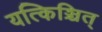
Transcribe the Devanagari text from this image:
यत्किञ्चित्